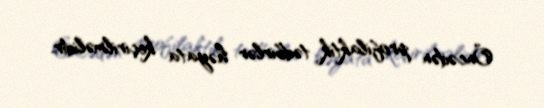
Öncədən profilaktik tədbirlər həyata keçirilməlidir.